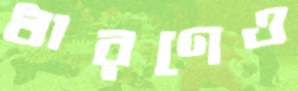
ধারণেও